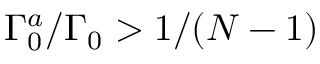
\Gamma _ { 0 } ^ { a } / \Gamma _ { 0 } > 1 / ( N - 1 )